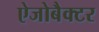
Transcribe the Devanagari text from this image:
ऐजोबैक्टर